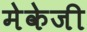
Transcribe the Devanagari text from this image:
मेकेजी